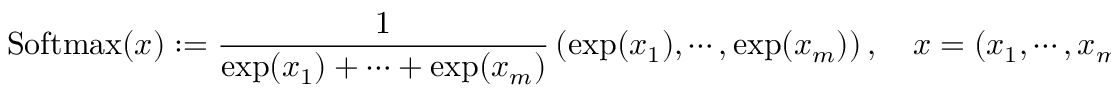
\mathrm { S o f t m a x } ( x ) : = \frac { 1 } { \exp ( x _ { 1 } ) + \cdots + \exp ( x _ { m } ) } \left( \exp ( x _ { 1 } ) , \cdots , \exp ( x _ { m } ) \right) , \quad x = ( x _ { 1 } , \cdots , x _ { m } ) , \quad \forall m \in \mathbb { N } ^ { * } ,